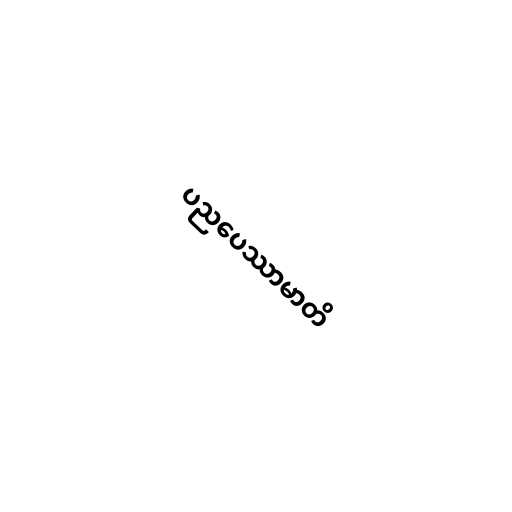
ပညပေဿာမာတိ